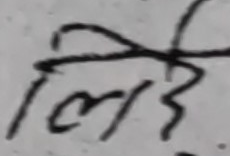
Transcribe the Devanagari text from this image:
लिदि